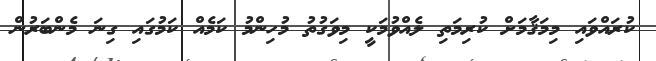
ކުރައްވައި މިމަޤާމަށް ކުރިމަތި ލެއްވުމަކީ މިވަގުތު މުހިންމު ކަމެއް ކަމުގައި ގިނަ މެންބަރުން